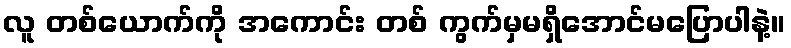
လူ တစ်ယောက်ကို အကောင်း တစ် ကွက်မှမရှိအောင်မပြောပါနဲ့။